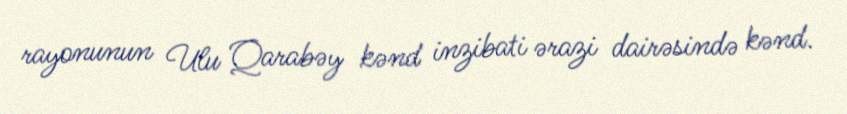
rayonunun Ulu Qarabəy kənd inzibati ərazi dairəsində kənd.